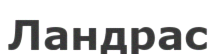
Ландрас